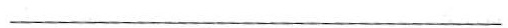
___